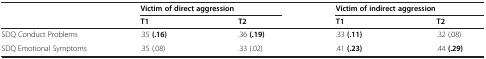
<table><thead><tr><td></td><td colspan="2"><b>Victim of direct aggression</b></td><td colspan="2"><b>Victim of indirect aggression</b></td></tr><tr><td></td><td><b>T1</b></td><td><b>T2</b></td><td><b>T1</b></td><td><b>T2</b></td></tr></thead><tbody><tr><td>SDQ Conduct Problems</td><td>.35 <b>(.16)</b></td><td>.36 <b>(.19)</b></td><td>.33 <b>(.11)</b></td><td>.32 (.08)</td></tr><tr><td>SDQ Emotional Symptoms</td><td>.35 (.08)</td><td>.33 (.02)</td><td>.41 <b>(.23)</b></td><td>.44 <b>(.29)</b></td></tr></tbody></table>